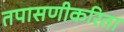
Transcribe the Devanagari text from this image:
तपासणीकरिता